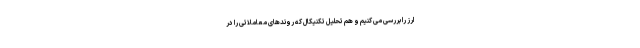
ارز را بررسی می کنیم و هم تحلیل تکنیکال که روندهای معاملاتی را در